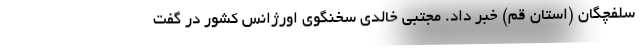
سلفچگان (استان قم) خبر داد. مجتبی خالدی سخنگوی اورژانس کشور در گفت